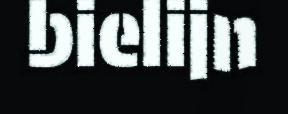
bielijn